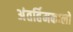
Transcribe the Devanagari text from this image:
अंतर्हिमकालों